Senior Leaving Certificate Examination (including Day School Certificate (Higher) General paper), 1950
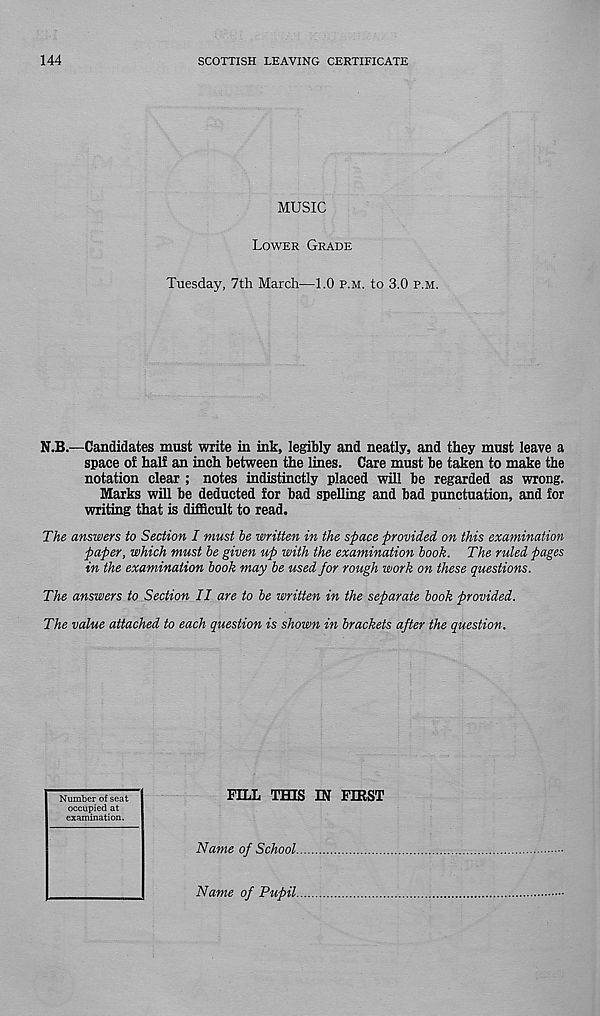
144
SCOTTISH LEAVING CERTIFICATE
MUSIC
Lower Grade
Tuesday, 7th March—1.0 p.m. to 3.0 p.m.
N.B.—Candidates must write in ink, legibly and neatly, and they must leave a
space of half an inch between the lines. Care must be taken to make the
notation clear ; notes indistinctly placed will be regarded as wrong.
Marks will be deducted for bad spelling and bad punctuation, and for
writing that is difficult to read.
The answers to Section I must be written in the space provided on this examination
paper, which must be given up with the examination book. The ruled pages
in the examination book may be used for rough work on these questions.
The answers to Section II are to be written in the separate book provided.
The value attached to each question is shown in brackets after the question.
Number of seat
occupied at
examination.
FILL THIS IN FIRST
Name of School
Name of Pupil.